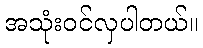
အသုံးဝင်လှပါတယ်။